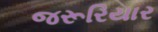
જરૂરિયાર